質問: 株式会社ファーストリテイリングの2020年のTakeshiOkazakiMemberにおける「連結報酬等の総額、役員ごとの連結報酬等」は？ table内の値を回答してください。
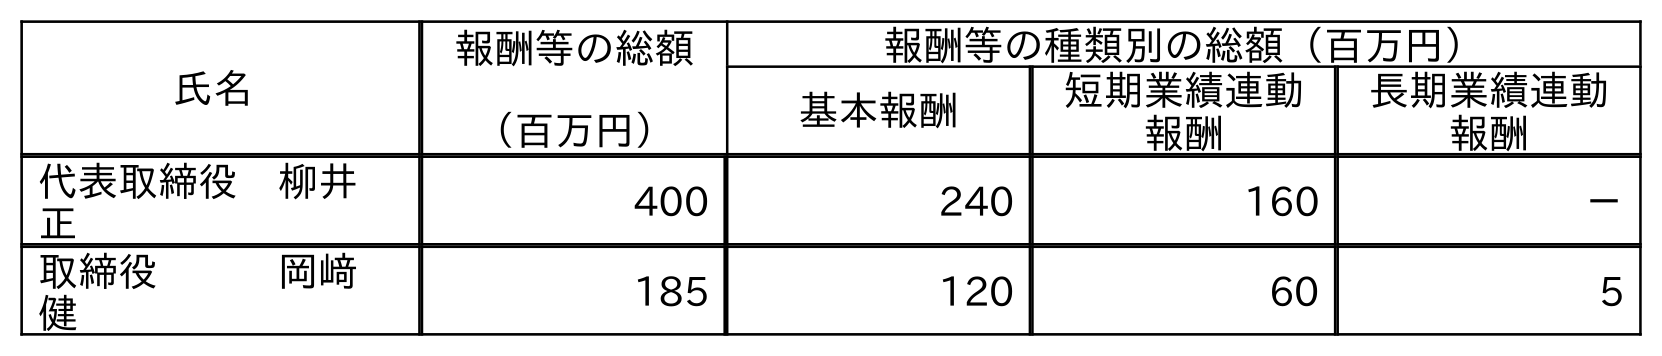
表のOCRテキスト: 氏名 報酬等の総額 （百万円） 報酬等の種類別の総額（百万円） 基本報酬 短期業績連動 報酬 長期業績連動 報酬 代表取締役 柳井  正 400 240 160 － 取締役   岡﨑  健 185 120 60 5
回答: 185